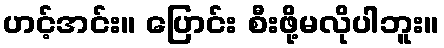
ဟင့်အင်း။ ပြောင်း စီးဖို့မလိုပါဘူး။